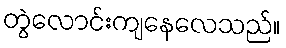
တွဲလောင်းကျနေလေသည်။